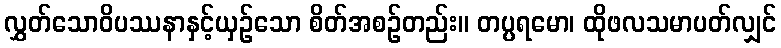
လွှတ်သောဝိပဿနာနှင့်ယှဉ်သော စိတ်အစဉ်တည်း။ တပ္ပရမော၊ ထိုဖလသမာပတ်လျှင်